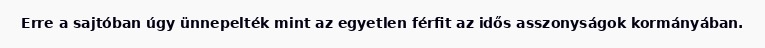
Erre a sajtóban úgy ünnepelték mint az egyetlen férfit az idős asszonyságok kormányában.